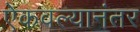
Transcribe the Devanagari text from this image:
ऐकवल्यानंतर